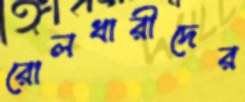
রোলধারীদের